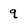
Character: q